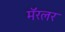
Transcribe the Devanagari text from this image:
मॅरलर